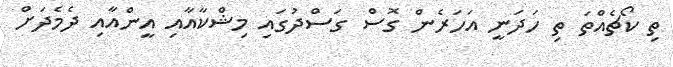
ތި ކޯޗެއްތަ ތި ހަދަނީ އަހަރެން ގޮސް ގަސްދުގައި މިޝްކާއާއި އީންއާއި ދެމެދަށް